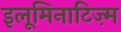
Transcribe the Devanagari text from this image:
इलूमिनाटिज़्म